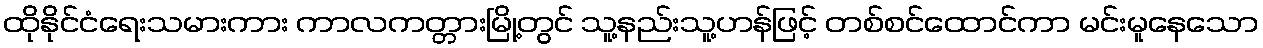
ထိုနိုင်ငံရေးသမားကား ကာလကတ္တားမြို့တွင် သူ့နည်းသူ့ဟန်ဖြင့် တစ်စင်ထောင်ကာ မင်းမူနေသော